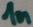
Text: 1n